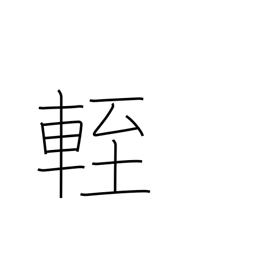
Meaning: low